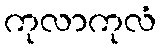
ကုလာကုလံ